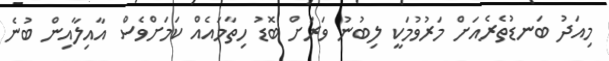
މިއަދު ބަނޑުތެރެއަށް މަރުވުމަކީ ލިބުނު ވަރަށް ބޮޑު ހިތާމައެއް ކަމަށްވެސް އާއިލާއިން ބުނެ